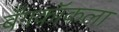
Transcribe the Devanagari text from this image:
बँगकॉकला